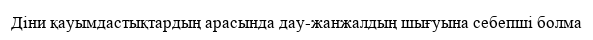
Діни қауымдастықтардың арасында дау-жанжалдың шығуына себепші болма